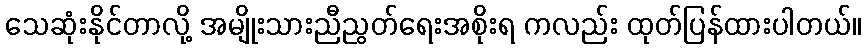
သေဆုံးနိုင်တာလို့ အမျိုးသားညီညွတ်ရေးအစိုးရ ကလည်း ထုတ်ပြန်ထားပါတယ်။